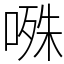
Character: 𭉝